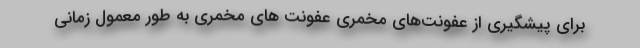
برای پیشگیری از عفونت‌های مخمری عفونت های مخمری به طور معمول زمانی